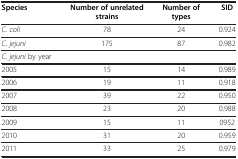
<table><thead><tr><td><b>Species</b></td><td><b>Number of unrelated strains</b></td><td><b>Number of types</b></td><td><b>SID</b></td></tr></thead><tbody><tr><td><i>C. coli</i></td><td>78</td><td>24</td><td>0.924</td></tr><tr><td><i>C. jejuni</i></td><td>175</td><td>87</td><td>0.982</td></tr><tr><td><i>C. jejuni</i> by year</td><td> </td><td> </td><td> </td></tr><tr><td>2005</td><td>15</td><td>14</td><td>0.989</td></tr><tr><td>2006</td><td>19</td><td>11</td><td>0.918</td></tr><tr><td>2007</td><td>39</td><td>22</td><td>0.950</td></tr><tr><td>2008</td><td>23</td><td>20</td><td>0.988</td></tr><tr><td>2009</td><td>15</td><td>11</td><td>0952</td></tr><tr><td>2010</td><td>31</td><td>20</td><td>0.959</td></tr><tr><td>2011</td><td>33</td><td>25</td><td>0.979</td></tr></tbody></table>